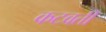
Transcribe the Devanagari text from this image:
कटवर्ती